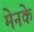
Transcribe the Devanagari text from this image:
मेनके